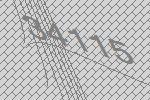
34115